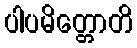
ပါပမိတ္တောတိ